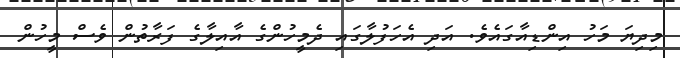
މިދިޔަ މަހު އިންޑިއާގައެވެ. އަދި އެހަފުލާގައި ދެމީހުންގެ އާއިލާގެ ފަރާތުން ވެސް މީހުން